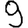
Digit: 9